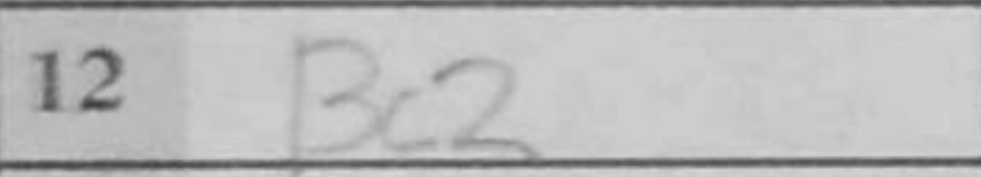
Transcription: Bc2